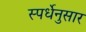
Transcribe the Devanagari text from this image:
स्पर्धेनुसार